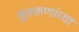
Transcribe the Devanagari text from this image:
मुलकणांच्या